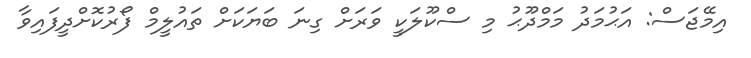
އިމޭޖަސް: އަޙުމަދު މަމްދޫޙު މި ސްކޫލަކީ ވަރަށް ގިނަ ބަޔަކަށް ތައުލީމް ފޯރުކޮށްދީފައިވާ